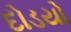
દોડયો